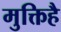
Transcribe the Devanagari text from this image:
मुक्तिहै